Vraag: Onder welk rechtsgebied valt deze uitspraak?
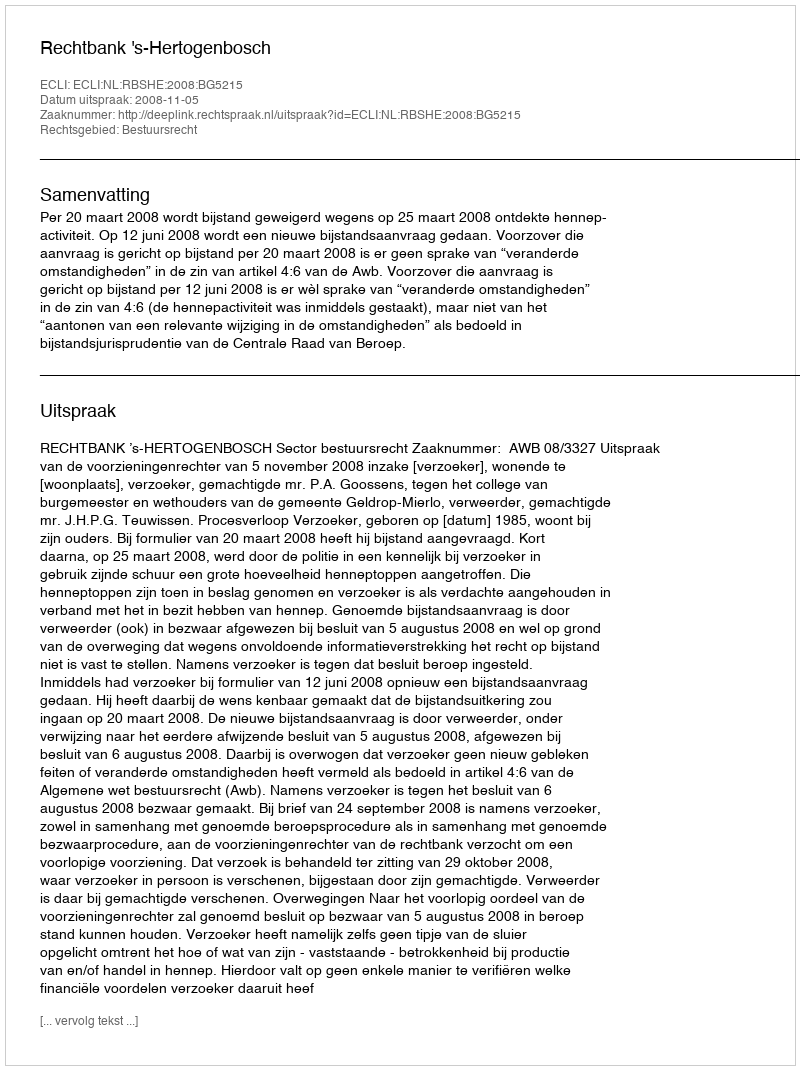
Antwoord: Bestuursrecht